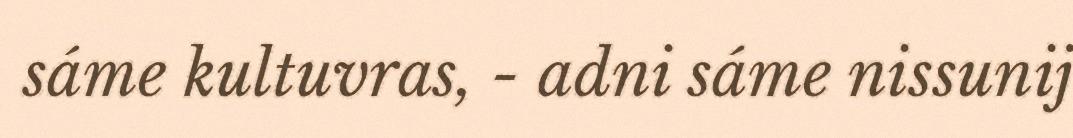
sáme kultuvras, - adni sáme nissunij